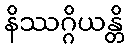
နိဿဂ္ဂိယန္တိ